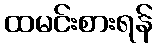
ထမင်းစားရန်